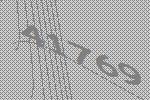
41769